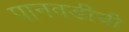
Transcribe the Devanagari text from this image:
पानवडीची